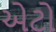
એટો